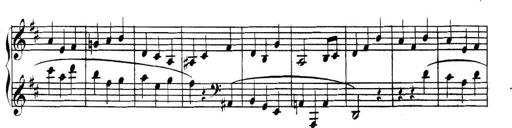
Title: Collected Piano Sonatas
Composer: Muzio Clementi